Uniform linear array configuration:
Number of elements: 32
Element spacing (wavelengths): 0.75
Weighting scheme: kaiser
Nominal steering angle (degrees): -30
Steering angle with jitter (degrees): -31.982
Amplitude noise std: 0.05
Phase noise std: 0.05

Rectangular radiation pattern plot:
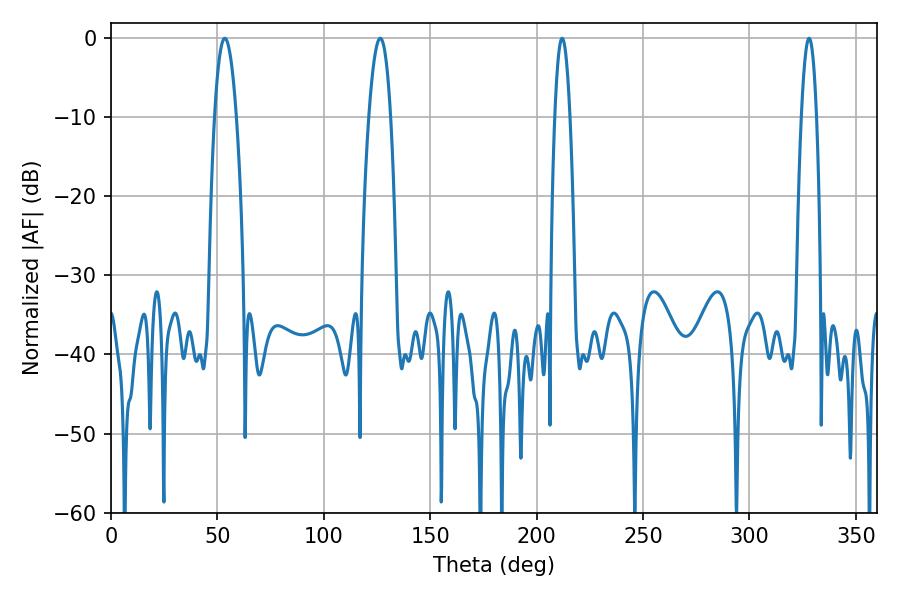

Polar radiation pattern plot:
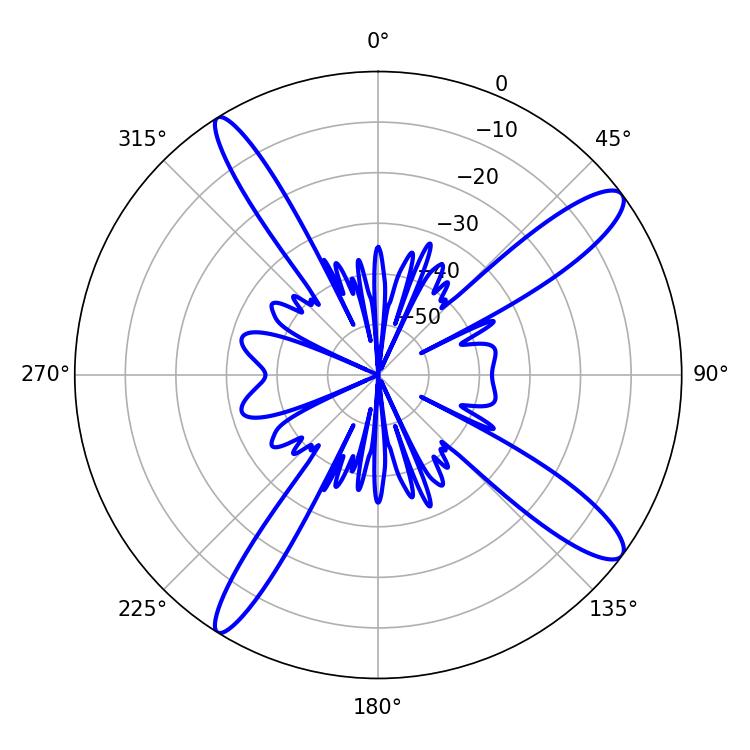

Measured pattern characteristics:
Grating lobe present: TRUE
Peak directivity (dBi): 13.36
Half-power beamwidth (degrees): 5.58
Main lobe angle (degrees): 53.46